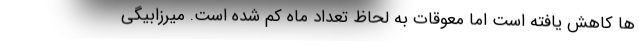
ها کاهش یافته است اما معوقات به لحاظ تعداد ماه کم شده است. میرزابیگی